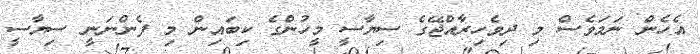
އެހެން ނަމަވެސް މި ދިވެހިރާއްޖޭގެ ސިޔާސީ މީހުންގެ ކިބައިން މި ފެންނަނީ ސިޔާސީ